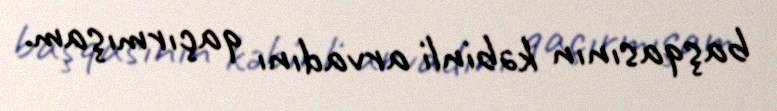
başqasının kəbinli arvadını qaçırmışam.